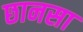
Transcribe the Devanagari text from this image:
छानसा